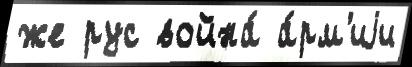
же рус война́ а́рм'иjи